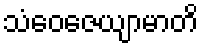
သံဝေဇေယျာမာတိ